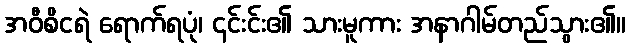
အဝီစိငရဲ ရောက်ရပုံ၊ ၎င်းင်း၏ သားမူကား အနာဂါမ်တည်သွား၏။